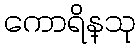
ကောရိန္သု